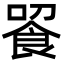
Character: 䬭